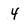
Character: 4